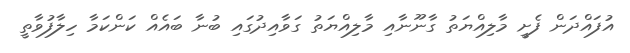
އުފައްދަން ފެށީ މާލިއްޔަތު ގާނޫނާއި މާލިއްޔަތު ގަވާއިދުގައި ބުނާ ބައެއް ކަންކަމާ ހިލާފުވާތީ